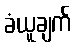
ခံယူချက်